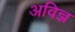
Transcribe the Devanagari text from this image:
अविज्ञ